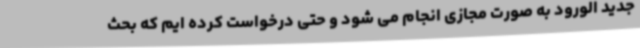
جدید الورود به صورت مجازی انجام می شود و حتی درخواست کرده ایم که بحث